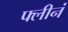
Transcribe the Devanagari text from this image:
फ्लीनं